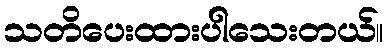
သတိပေးထားပါသေးတယ်။